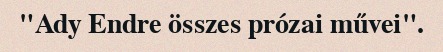
"Ady Endre összes prózai művei".